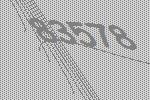
83578